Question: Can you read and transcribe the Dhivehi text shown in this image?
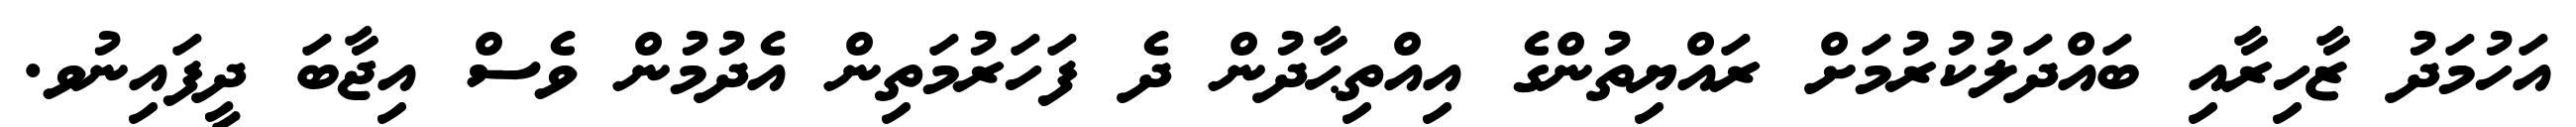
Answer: އަހުމަދު ޒާހިރާއި ބައްދަލުކުރުމަށް ރައްޔިތުންގެ އިއްތިޙާދުން ދެ ފަހަރުމަތިން އެދުމުން ވެސް އިޖާބަ ދީފައިނުވ.